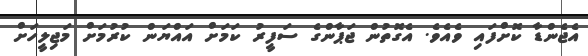
އެޖެންޑާ ކޮށްފައި ވެއެވެ. އެގޮތުން ޖަޕާންގެ ސަފީރު ކަމަށް އައްޔަން ކުރުމަށް މަޖިލީހަށް